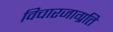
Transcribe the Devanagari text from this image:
विचारजाग्रति